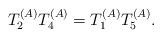
LaTeX: \begin{align*}T_2^{(A)}T_4^{(A)} = T_1^{(A)} T_5^{(A)}. \end{align*}